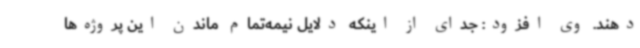
‌دهند. وی افزود: جدای از اینکه دلایل نیمه‌تمام ماندن این پروژه‌ها